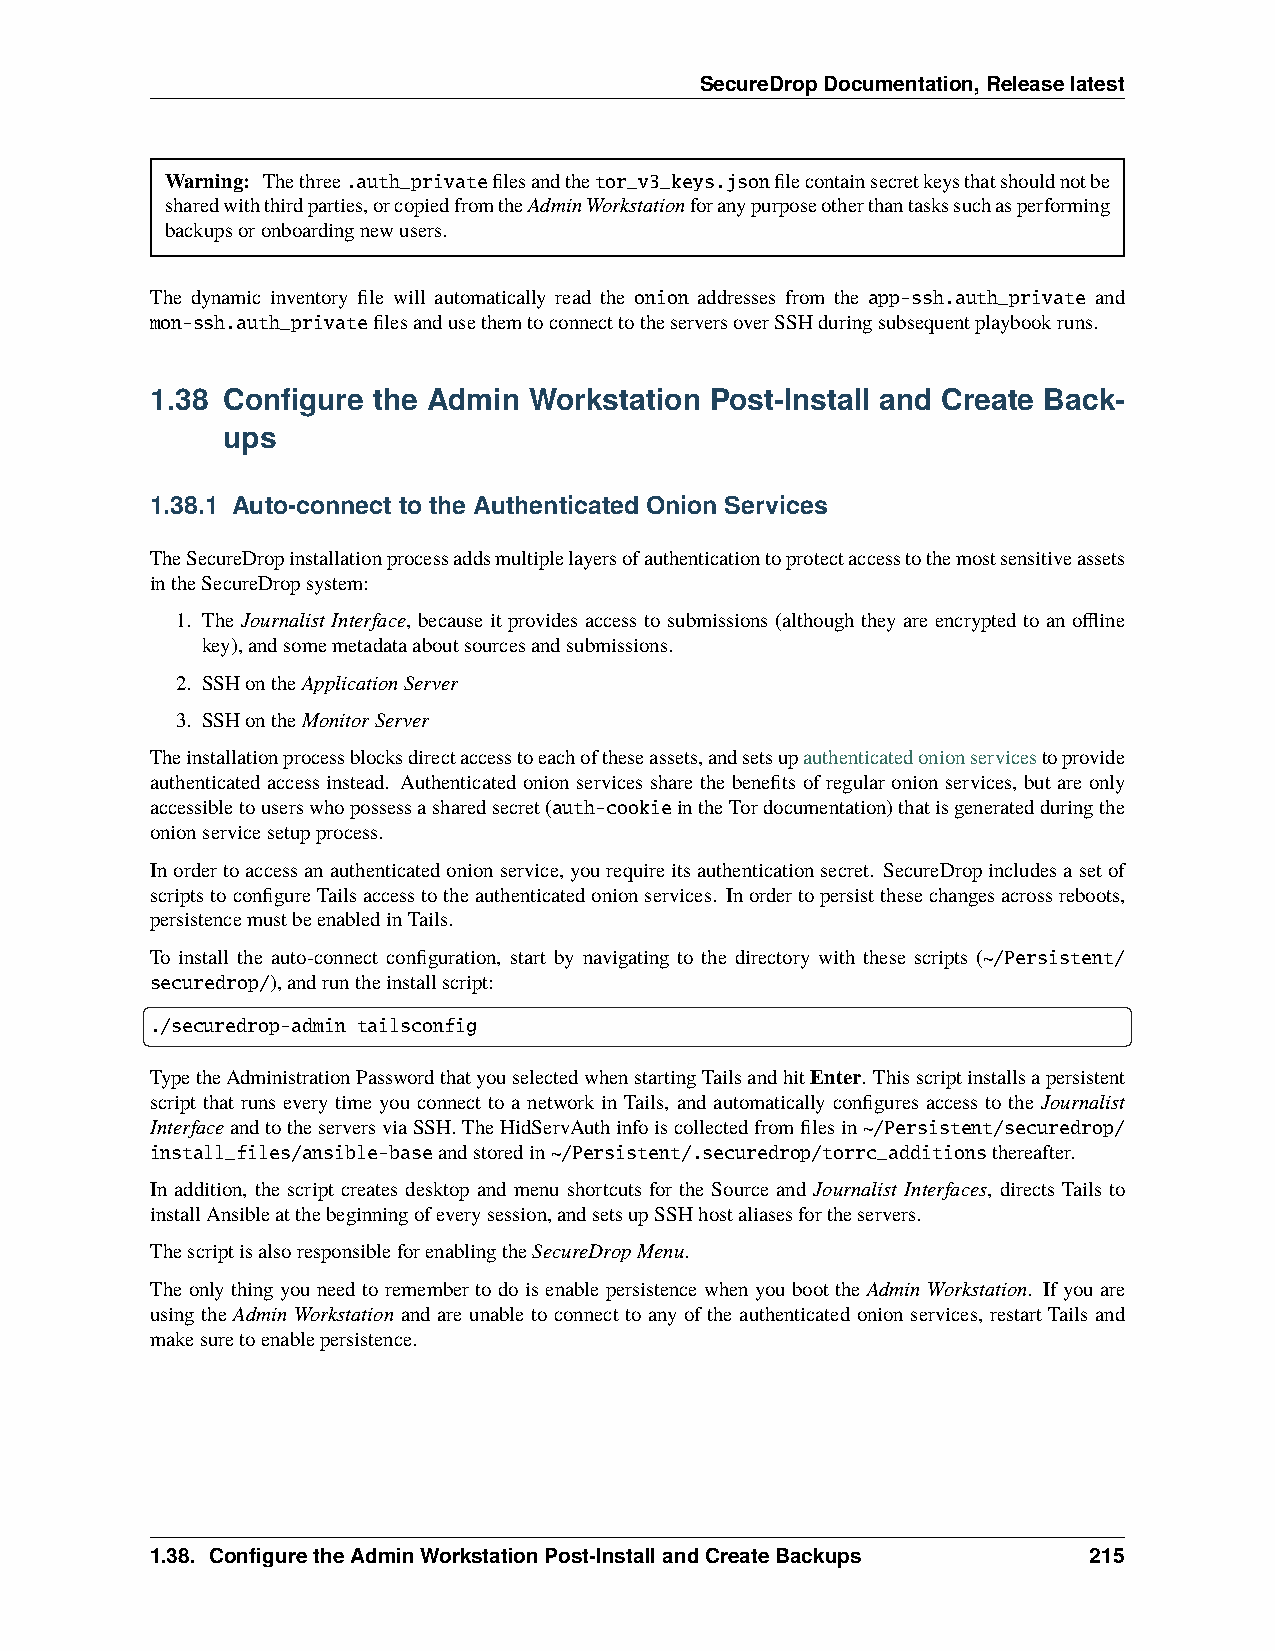
SecureDropDocumentation,Releaselatest
 Warning: Thethree.auth_privatefilesandthetor_v3_keys.jsonfilecontainsecretkeysthatshouldnotbe
 sharedwiththirdparties,orcopiedfromtheAdminWorkstationforanypurposeotherthantaskssuchasperforming
 backupsoronboardingnewusers.
 The dynamic inventory file will automatically read the onion addresses from the app-ssh.auth_private and
 mon-ssh.auth_privatefilesandusethemtoconnecttotheserversoverSSHduringsubsequentplaybookruns.
 1.38 Configure the Admin Workstation Post-Install and Create Back-
 ups
 1.38.1 Auto-connect to the Authenticated Onion Services
 TheSecureDropinstallationprocessaddsmultiplelayersofauthenticationtoprotectaccesstothemostsensitiveassets
 intheSecureDropsystem:
 1. The Journalist Interface, because it provides access to submissions (although they are encrypted to an offline
 key),andsomemetadataaboutsourcesandsubmissions.
 2. SSHontheApplicationServer
 3. SSHontheMonitorServer
 Theinstallationprocessblocksdirectaccesstoeachoftheseassets,andsetsupauthenticatedonionservicestoprovide
 authenticated access instead. Authenticated onion services share the benefits of regular onion services, but are only
 accessibletouserswhopossessasharedsecret(auth-cookieintheTordocumentation)thatisgeneratedduringthe
 onionservicesetupprocess.
 Inordertoaccessanauthenticatedonionservice,yourequireitsauthenticationsecret. SecureDropincludesasetof
 scriptstoconfigureTailsaccesstotheauthenticatedonionservices. Inordertopersistthesechangesacrossreboots,
 persistencemustbeenabledinTails.
 To install the auto-connect configuration, start by navigating to the directory with these scripts (~/Persistent/
 securedrop/),andruntheinstallscript:
 ./securedrop-admin tailsconfig
 TypetheAdministrationPasswordthatyouselectedwhenstartingTailsandhitEnter. Thisscriptinstallsapersistent
 script that runs every time you connect to a network in Tails, and automatically configures access to the Journalist
 InterfaceandtotheserversviaSSH.TheHidServAuthinfoiscollectedfromfilesin~/Persistent/securedrop/
 install_files/ansible-baseandstoredin~/Persistent/.securedrop/torrc_additionsthereafter.
 In addition, the script creates desktop and menu shortcuts for the Source and Journalist Interfaces, directs Tails to
 installAnsibleatthebeginningofeverysession,andsetsupSSHhostaliasesfortheservers.
 ThescriptisalsoresponsibleforenablingtheSecureDropMenu.
 The only thing you need to remember to do is enable persistence when you boot the Admin Workstation. If you are
 using the Admin Workstation and are unable to connect to any of the authenticated onion services, restart Tails and
 makesuretoenablepersistence.
 1.38. ConfiguretheAdminWorkstationPost-InstallandCreateBackups 215